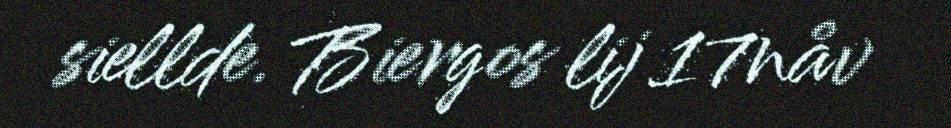
siellde. Biergos lij 17nåv